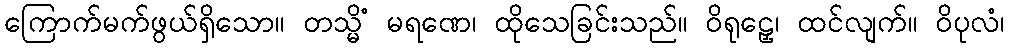
ကြောက်မက်ဖွယ်ရှိသော။ တသ္မိံ မရဏေ၊ ထိုသေခြင်းသည်။ ဝိရုဠှေ၊ ထင်လျက်။ ဝိပုလံ၊